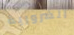
الضرورية